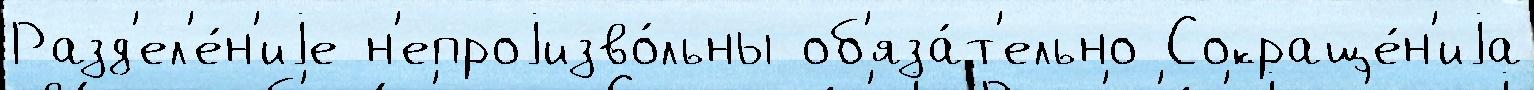
Разд'ел'е́н'иjе н'епроjизво́льны об'яза́т'ельно Сокраще́н'иjа